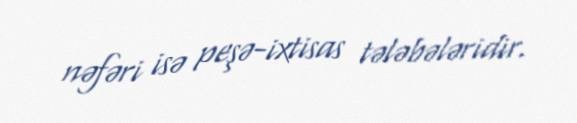
nəfəri isə peşə-ixtisas tələbələridir.